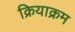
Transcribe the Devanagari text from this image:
क्रियाक्रम